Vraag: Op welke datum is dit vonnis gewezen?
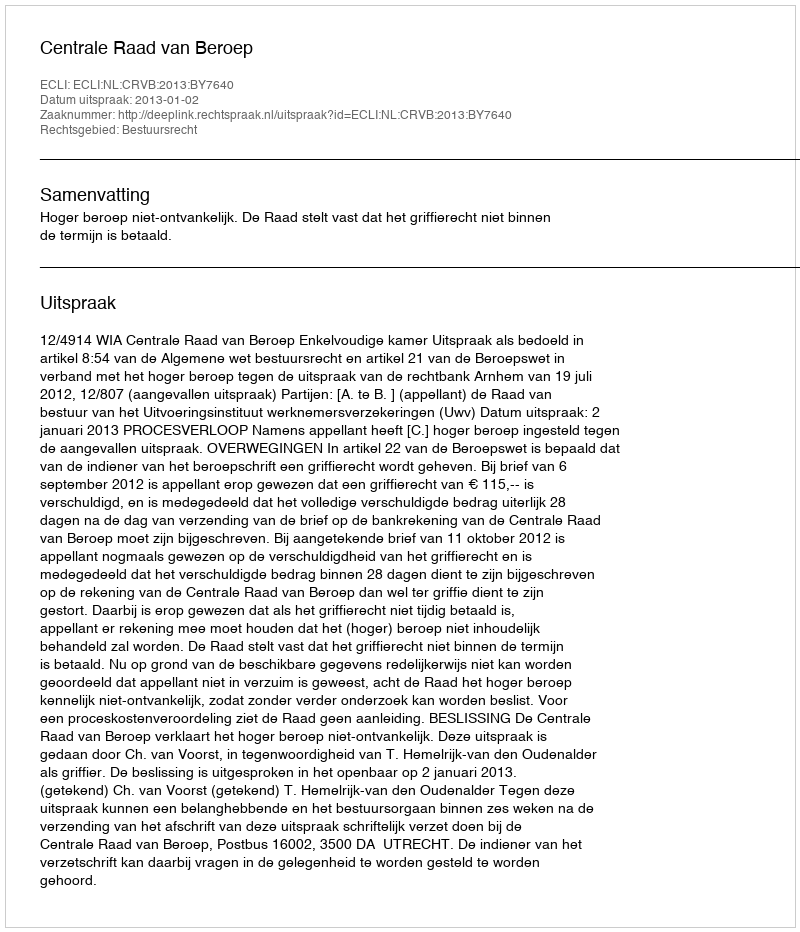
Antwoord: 2013-01-02